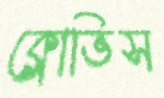
ক্লোভিস